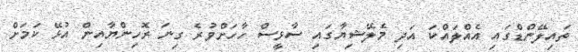
ތައިލޭންޑްގައި އެއްލައްކަ އަދި މެލޭޝިޔާގައި ސާޅީސް ހާހަށްވުރެ ގިނަ ރޮހިންޔާއިން އުޅޭ ކަމަށް